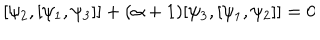
[ \psi _ { 2 } , [ \psi _ { 1 } , \psi _ { 3 } ] ] + ( \alpha + 1 ) [ \psi _ { 3 } , [ \psi _ { 1 } , \psi _ { 2 } ] ] = 0